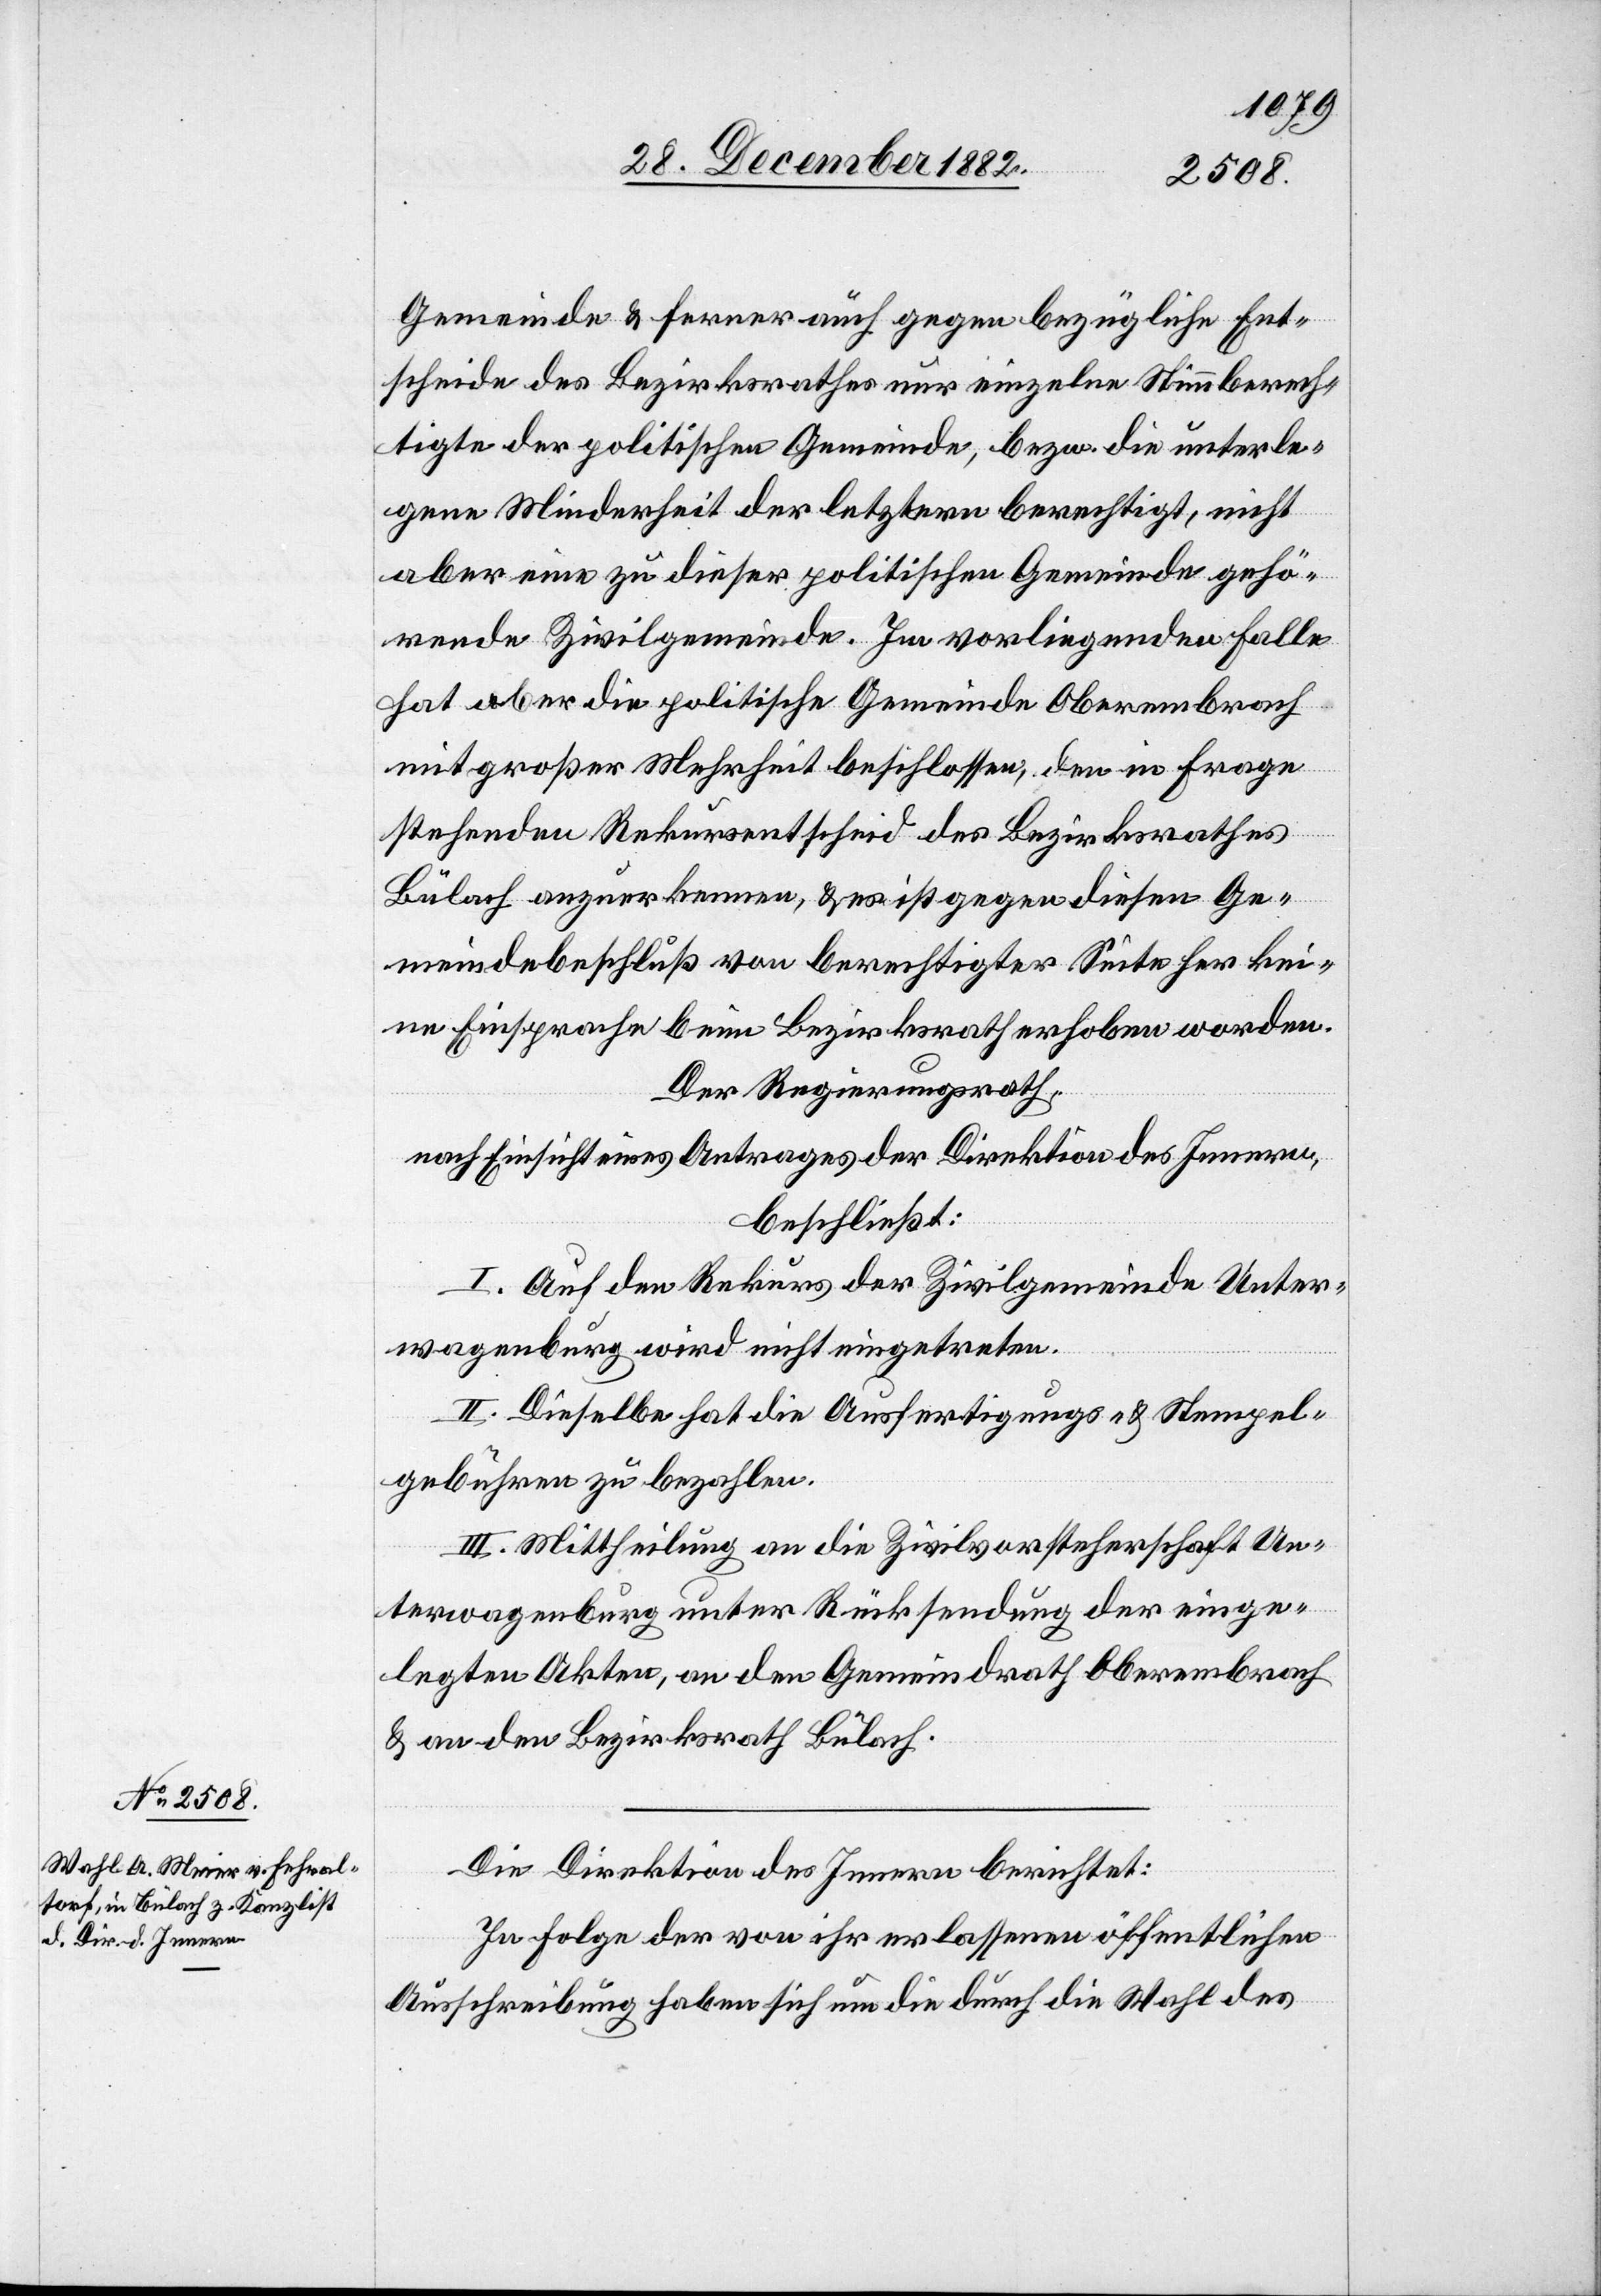
Die Direktion des Innern berichtet:
In Folge der von ihr erlassenen öffentlichen
Ausschreibung haben sich um die durch die Wahl des